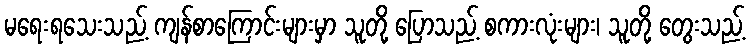
မရေးရသေးသည့် ကျန်စာကြောင်းများမှာ သူတို့ ပြောသည့် စကားလုံးများ၊ သူတို့ တွေးသည့်